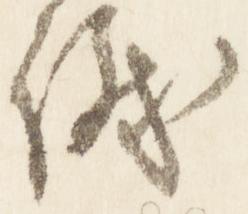
議